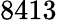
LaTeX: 8413